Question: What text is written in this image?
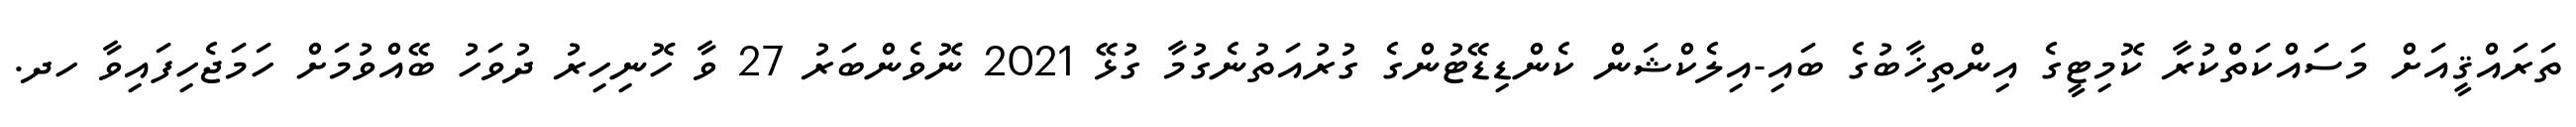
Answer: ތަރައްޤީއަށް މަސައްކަތްކުރާ ކޮމިޓީގެ އިންތިޚާބުގެ ބައި-އިލެކްޝަން ކެންޑިޑޭޓުންގެ ގުރުއަތުނެގުމާ ގުޅޭ 2021 ނޮވެންބަރު 27 ވާ ހޮނިހިރު ދުވަހު ބޭއްވުމަށް ހަމަޖެހިފައިވާ ހދ.